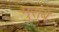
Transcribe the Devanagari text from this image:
मुरांबे